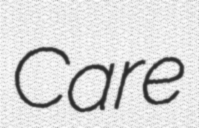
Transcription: Care